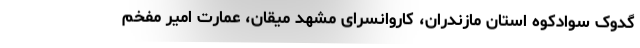
گدوک سوادکوه استان مازندران، کاروانسرای مشهد میقان، عمارت امیر مفخم